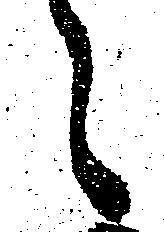
々